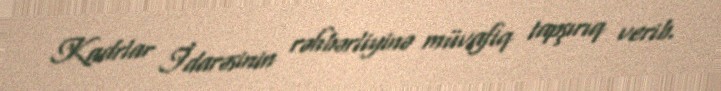
Kadrlar İdarəsinin rəhbərliyinə müvafiq tapşırıq verib.